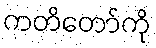
ကတိတော်ကို